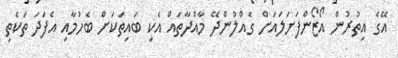
އޭގެ އިތުރުން އޯޒޯންފަށަލައަށް ގެއްލުންދޭ މާއްދާތައް އެކި ބައިތަކަށް ބެހުމާއި އެފަދަ ތަކެތި